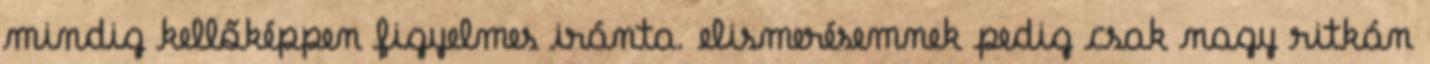
mindig kellőképpen figyelmes iránta. elismerésemnek pedig csak nagy ritkán